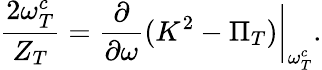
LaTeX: {\frac{2\omega_{T}^{c}}{Z_{T}}}={\frac{\partial}{\partial\omega}}(K^{2}-\Pi_{T})\bigg|_{\omega_{T}^{c}}.